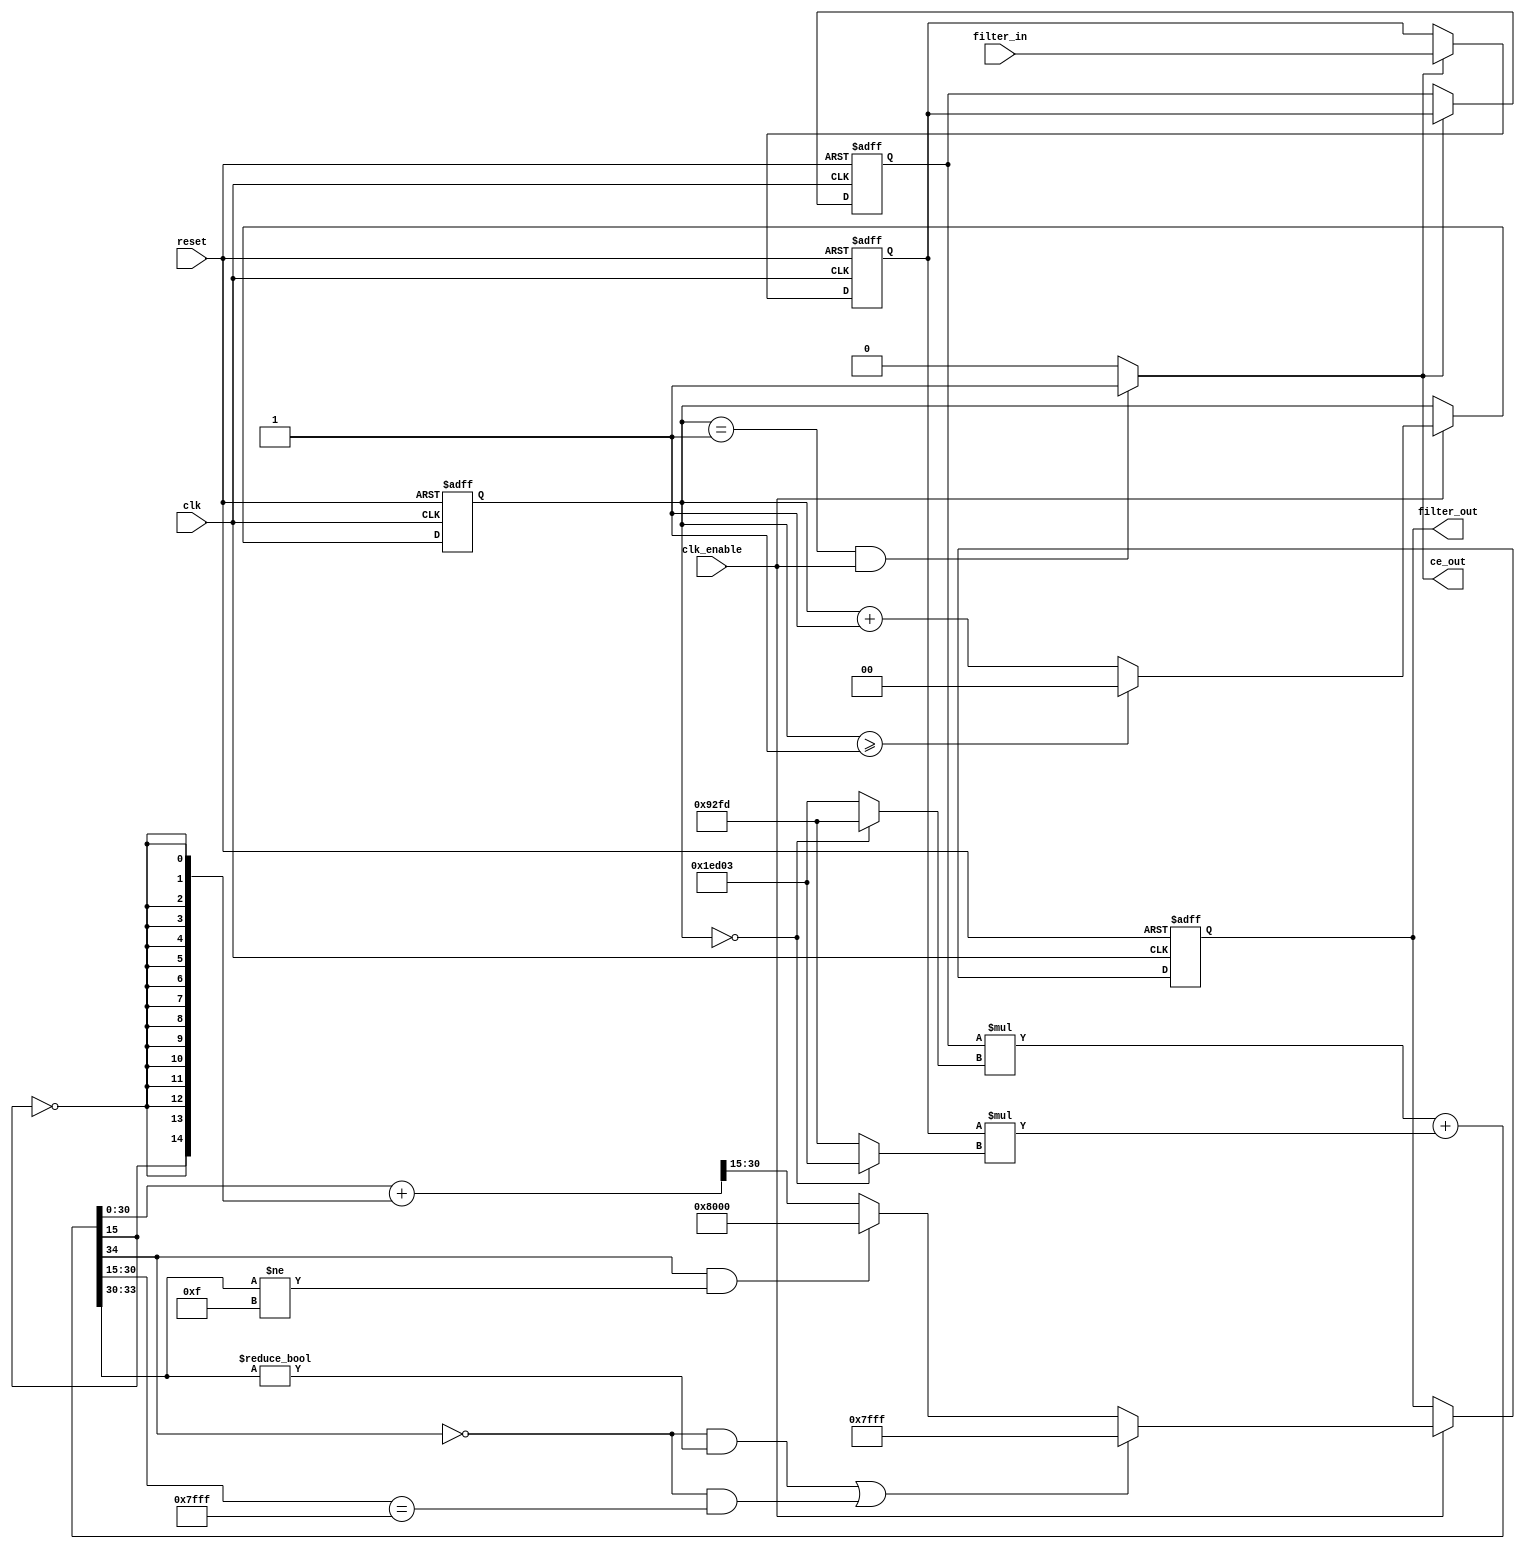
// -------------------------------------------------------------
//
// Module: cic4
// Generated by MATLAB(R) 23.2 and Filter Design HDL Coder 23.2.
// Generated on: 2024-05-02 15:54:45
// -------------------------------------------------------------

// -------------------------------------------------------------
// HDL Code Generation Options:
//
// FIRAdderStyle: tree
// OptimizeForHDL: on
// TargetDirectory: D:\fax\zavrsni\CIC4
// AddPipelineRegisters: on
// Name: cic4
// TargetLanguage: Verilog
// TestBenchName: cic4_tb
// TestBenchStimulus: step chirp 
// LoopUnrolling: on

// Filter Specifications:
//
// Sample Rate          : 5.644 MHz
// Response             : CIC Compensator
// Specification        : Fp,Fst,Ap,Ast
// Interpolation Factor : 2
// Multirate Type       : Interpolator
// Number of Sections   : 1
// Passband Edge        : 22.05 kHz
// Passband Ripple      : 0.001 dB
// Differential Delay   : 1
// Stopband Edge        : 2.8004 MHz
// Stopband Atten.      : 14 dB
// -------------------------------------------------------------

// -------------------------------------------------------------
// HDL Implementation    : Fully parallel
// Folding Factor        : 1
// -------------------------------------------------------------
// Filter Settings:
//
// Discrete-Time FIR Multirate Filter (real)
// -----------------------------------------
// Filter Structure      : Direct-Form FIR Polyphase Interpolator
// Interpolation Factor  : 2
// Polyphase Length      : 2
// Filter Length         : 4
// Stable                : Yes
// Linear Phase          : Yes (Type 2)
//
// Arithmetic            : fixed
// Numerator             : s17,15 -> [-2 2)
// -------------------------------------------------------------




//`timescale 1 ns / 1 ns

module cic4
               (
                clk,
                clk_enable,
                reset,
                filter_in,
                filter_out,
                ce_out
                );

  input   clk; 
  input   clk_enable; 
  input   reset; 
  input   signed [16:0] filter_in; //sfix17_En15
  output  signed [15:0] filter_out; //sfix16_En15
  output  ce_out; 

////////////////////////////////////////////////////////////////
//Module Architecture: cic4
////////////////////////////////////////////////////////////////
  // Local Functions
  // Type Definitions
  // Constants
  parameter signed [16:0] coeffphase1_1 = 17'b11110110100000011; //sfix17_En15
  parameter signed [16:0] coeffphase1_2 = 17'b01001001011111101; //sfix17_En15
  parameter signed [16:0] coeffphase2_1 = 17'b01001001011111101; //sfix17_En15
  parameter signed [16:0] coeffphase2_2 = 17'b11110110100000011; //sfix17_En15

  // Signals
  reg  [1:0] cur_count; // ufix2
  wire phase_1; // boolean
  reg  signed [16:0] delay_pipeline [0:1] ; // sfix17_En15
  wire signed [33:0] product; // sfix34_En30
  wire signed [16:0] product_mux; // sfix17_En15
  wire signed [33:0] product_1; // sfix34_En30
  wire signed [16:0] product_mux_1; // sfix17_En15
  wire signed [34:0] sum1; // sfix35_En30
  wire signed [33:0] add_signext; // sfix34_En30
  wire signed [33:0] add_signext_1; // sfix34_En30
  wire signed [15:0] output_typeconvert; // sfix16_En15
  reg  signed [15:0] output_register; // sfix16_En15

  // Block Statements
  always @ (posedge clk or posedge reset)
    begin: ce_output
      if (reset == 1'b1) begin
        cur_count <= 2'b00;
      end
      else begin
        if (clk_enable == 1'b1) begin
          if (cur_count >= 2'b01) begin
            cur_count <= 2'b00;
          end
          else begin
            cur_count <= cur_count + 2'b01;
          end
        end
      end
    end // ce_output

  assign  phase_1 = (cur_count == 2'b01 && clk_enable == 1'b1) ? 1'b1 : 1'b0;

  //   ---------------- Delay Registers ----------------

  always @( posedge clk or posedge reset)
    begin: Delay_Pipeline_process
      if (reset == 1'b1) begin
        delay_pipeline[0] <= 0;
        delay_pipeline[1] <= 0;
      end
      else begin
        if (phase_1 == 1'b1) begin
          delay_pipeline[0] <= filter_in;
          delay_pipeline[1] <= delay_pipeline[0];
        end
      end
    end // Delay_Pipeline_process


  assign product_mux = (cur_count == 2'b00) ? coeffphase1_2 :
                      coeffphase2_2;
  assign product = delay_pipeline[1] * product_mux;

  assign product_mux_1 = (cur_count == 2'b00) ? coeffphase1_1 :
                        coeffphase2_1;
  assign product_1 = delay_pipeline[0] * product_mux_1;

  assign add_signext = product;
  assign add_signext_1 = product_1;
  assign sum1 = add_signext + add_signext_1;

  assign output_typeconvert = ((sum1[34] == 1'b0 & sum1[33:30] != 4'b0000) || (sum1[34] == 1'b0 && sum1[30:15] == 16'b0111111111111111) // special case0
) ? 16'b0111111111111111 : 
      (sum1[34] == 1'b1 && sum1[33:30] != 4'b1111) ? 16'b1000000000000000 : (sum1[30:0] + {sum1[15], {14{~sum1[15]}}})>>>15;

  always @ (posedge clk or posedge reset)
    begin: Output_Register_process
      if (reset == 1'b1) begin
        output_register <= 0;
      end
      else begin
        if (clk_enable == 1'b1) begin
          output_register <= output_typeconvert;
        end
      end
    end // Output_Register_process

  // Assignment Statements
  assign ce_out = phase_1;
  assign filter_out = output_register;
endmodule  // cic4